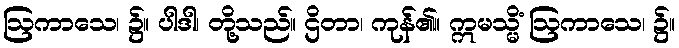
ဩကာသေ၊ ၌။ ပါဒါ၊ တို့သည်။ ဌိတာ၊ ကုန်၏။ ဣမသ္မိံ ဩကာသေ၊ ၌။